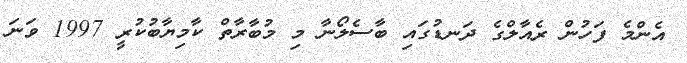
އެންމެ ފަހުން ރެއާލްގެ ދަނޑުގައި ބާސެލޯނާ މި މުބާރާތް ކާމިޔާބުކުރީ 1997 ވަނަ